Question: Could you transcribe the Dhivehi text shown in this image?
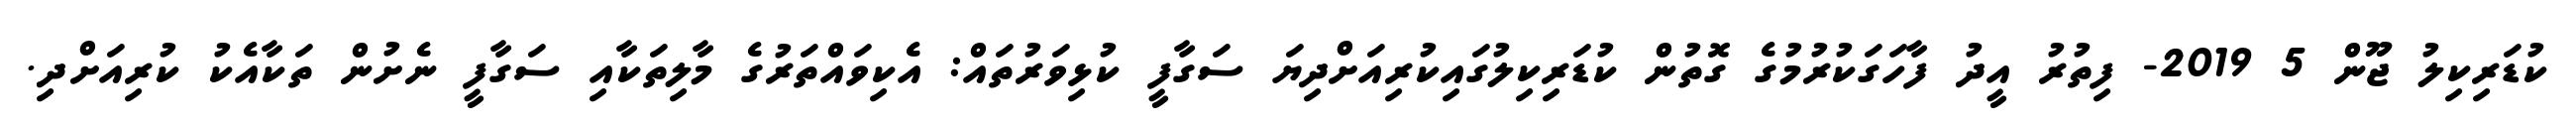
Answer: ކުޑަރިކިލު ޖޫން 5 2019- ފިތުރު އީދު ފާހަގަކުރުމުގެ ގޮތުން ކުޑަރިކިލުގައިކުރިއަށްދިޔަ ސަގާފީ ކުޅިވަރުތައް: އެކިވައްތަރުގެ މާލިތަކާއި ސަގާފީ ނެށުން ތަކާއެކު ކުރިއަށްދި.